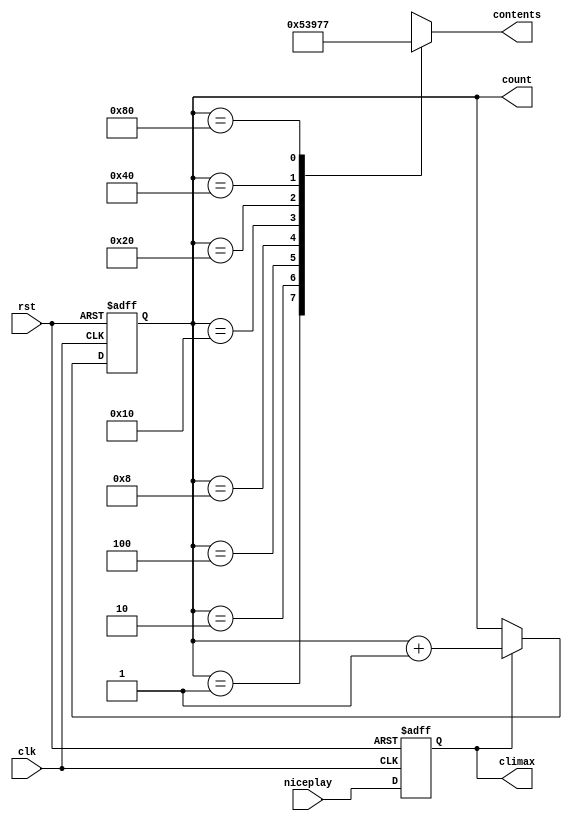
  

 module Dff(clk,niceplay,rst,climax,count,contents);

    output climax;

    output reg [7:0] count;
    
    output reg[2:0]  contents;
     
    input clk,niceplay,rst;
 
    reg climax;

    wire o;

    always@(posedge clk,posedge rst) begin

       if(rst) begin

         climax<=1'b0;

       end

       else begin

         climax<= niceplay;

       end
   end

   assign o=climax;

   always@(posedge clk,posedge rst) begin

      if(rst) begin

        count<=8'b0;

      end

      else begin

        if(o==1) begin
          count<=count+1;
         end
      end
   end


   always @(count) begin
        case(count)
            8'b00000001 :   contents <= 3'b000;

            8'b00000010 :   contents <= 3'b001;

            8'b00000100 :   contents <= 3'b010;

            8'b00001000 :   contents <= 3'b011;

            8'b00010000 :   contents <= 3'b100;

            8'b00100000 :   contents <= 3'b101;

            8'b01000000 :   contents <= 3'b110;

            8'b10000000 :   contents <= 3'b111;

            default:        contents <= 3'bxxx;

        endcase
   end
endmodule